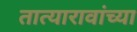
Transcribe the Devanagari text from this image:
तात्यारावांच्या